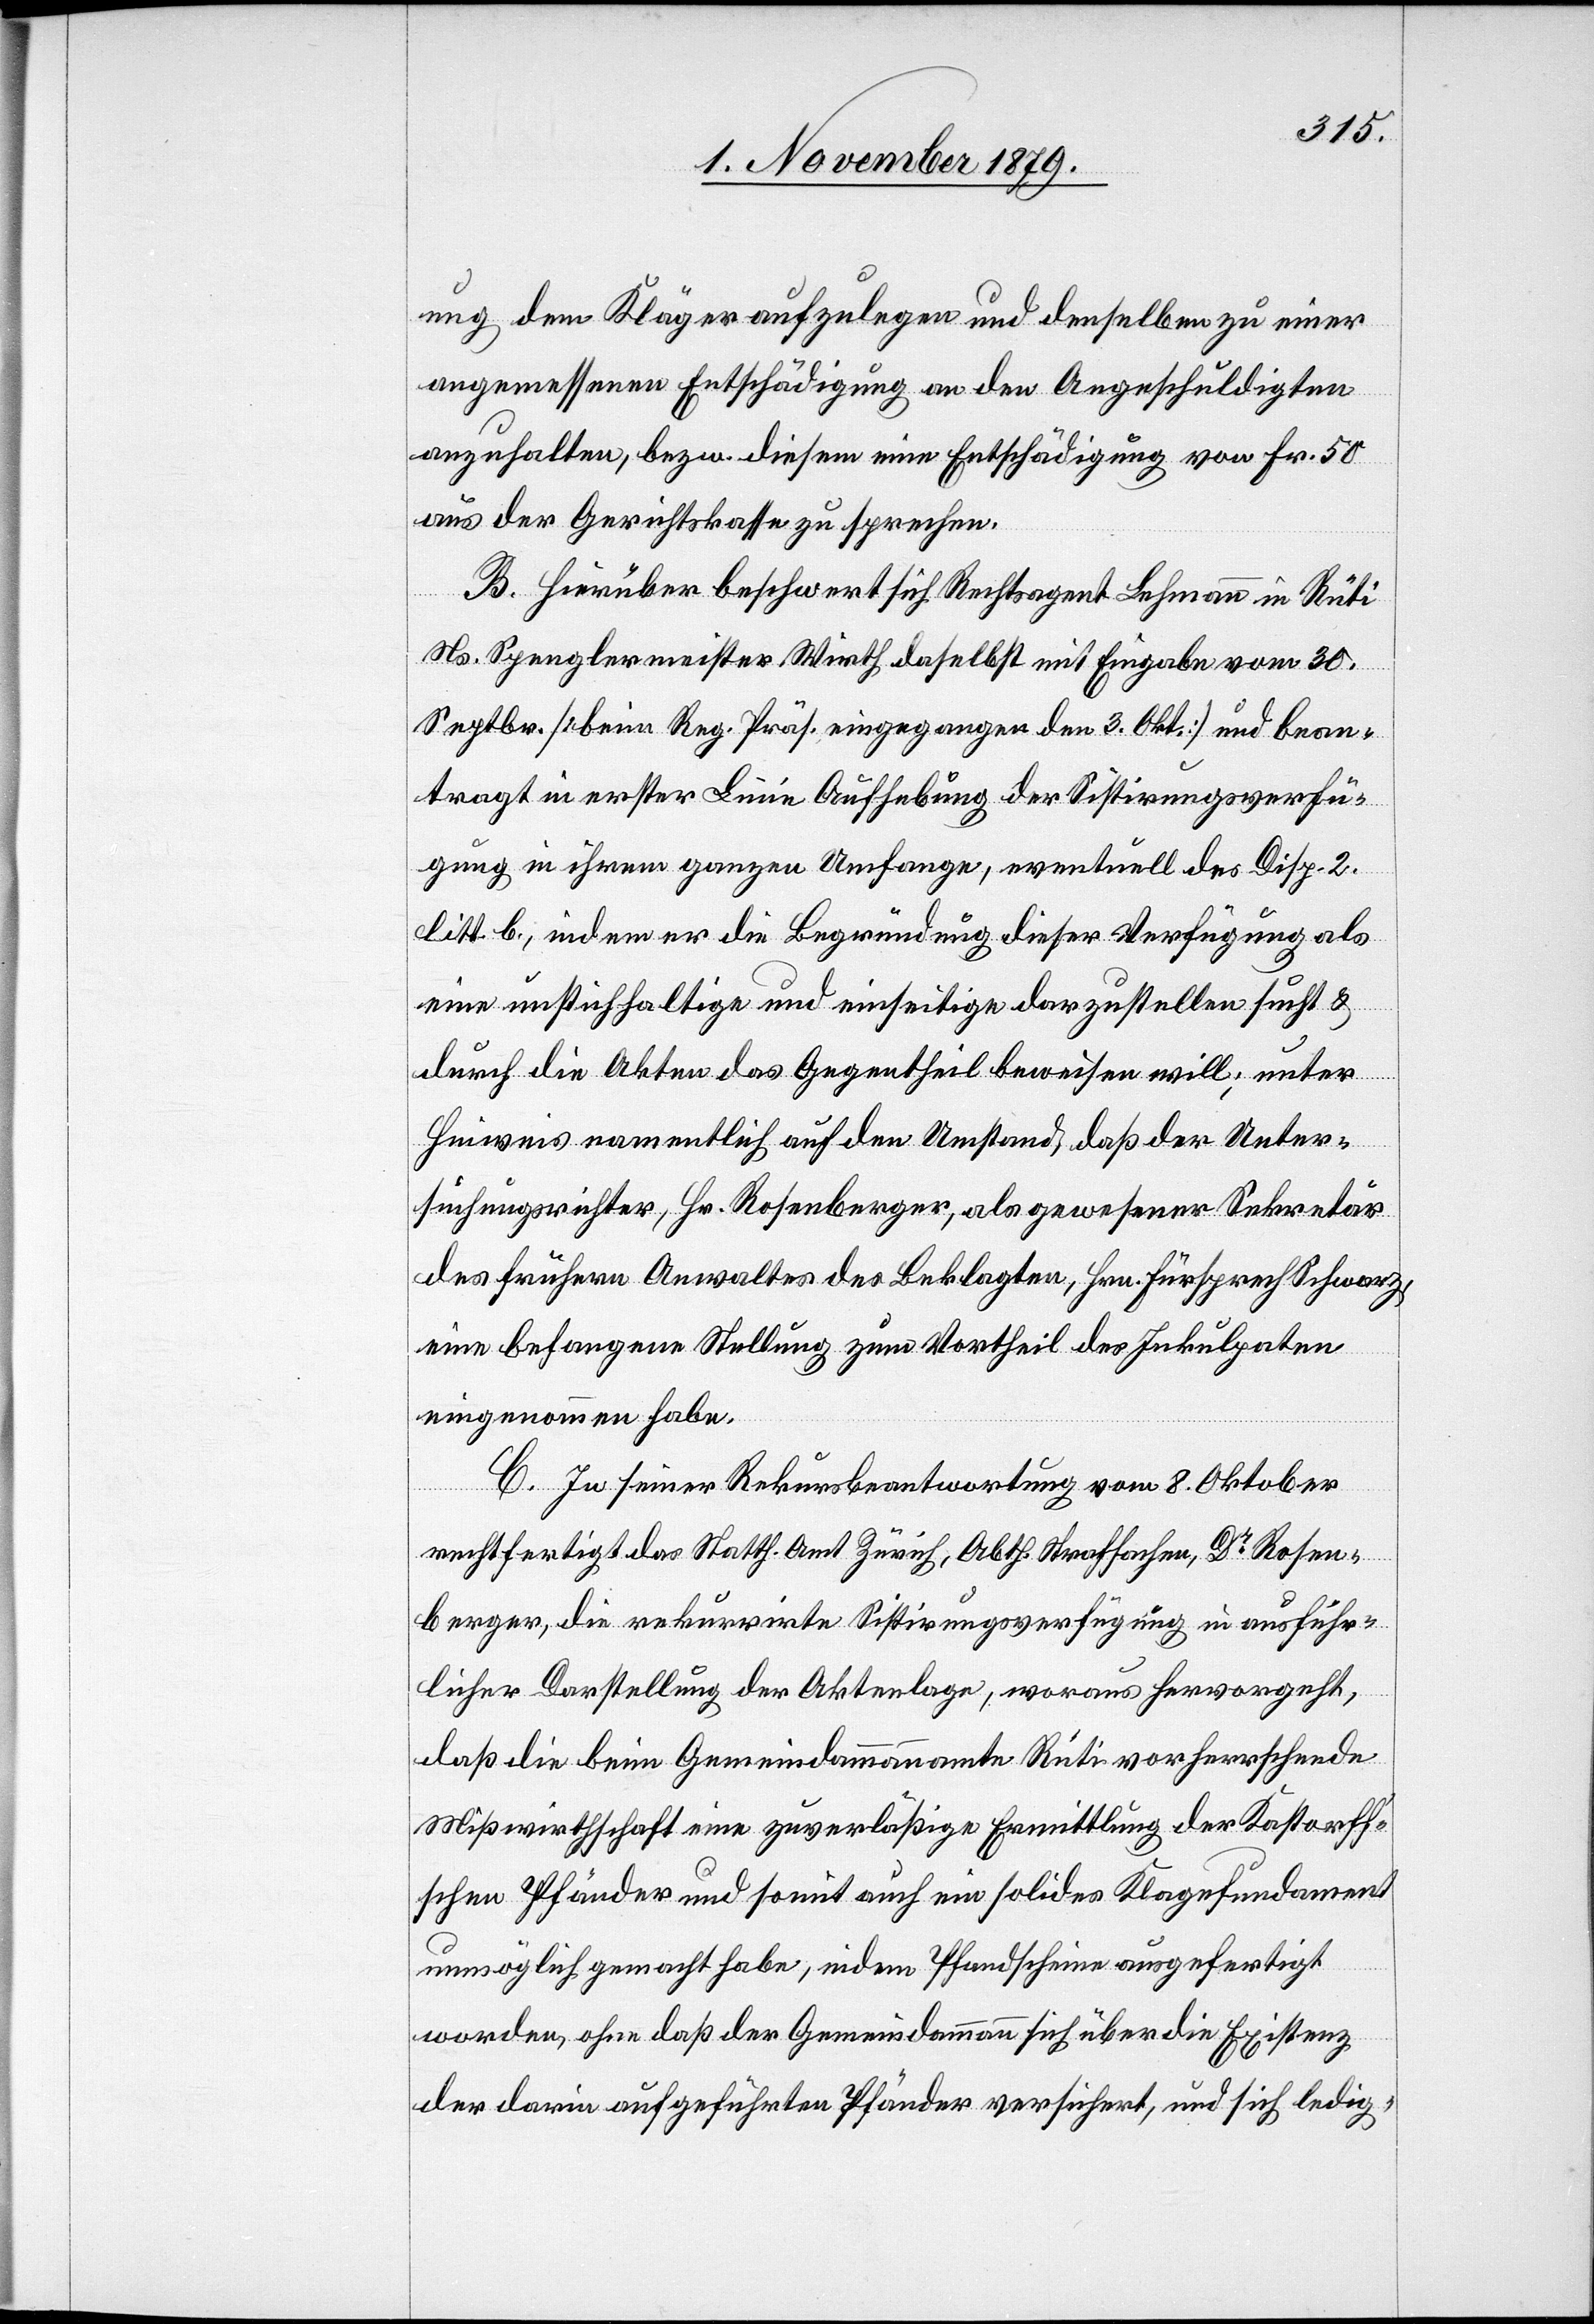
ung dem Kläger aufzulegen und denselben zu einer
angemessenen Entschädigung an den Angeschuldigten
anzuhalten, bezw. diesem eine Entschädigung von Fr. 50
aus der Gerichtskasse zu sprechen.
B. Hierüber beschwert sich Rechtsagent Lehmann in Rüti
Ns. Spenglermeister Wirth daselbst mit Eingabe vom 30.
Septbr. [beim Reg. Präs. eingegangen den 3. Okt.] und bean¬
tragt in erster Linie Aufhebung der Sistirungsverfü¬
gung in ihrem ganzen Umfange, eventuell des Disp. 2.
litt. b, indem er die Begründung dieser Verfügung als
eine unhaltige und einseitige darzustellen sucht &
durch die Akten das Gegentheil beweisen will; unter
Hinweis namentlich auf den Umstand, daß der Unter¬
suchungsrichter, Hr. Rosenberger, als gewesener Sekretär
des frühern Anwaltes des Beklagten, Hrn. Fürsprech Schwarz,
eine befangene Stellung zum Vortheil des Inkulpaten
eingenommen habe.
C. In seiner Rekursbeantwortung vom 8. Oktober
rechtfertigt das Statth. Amt Zürich, Abth. Strafsachen, Dr Rosen¬
berger, die rekurrire Sistirungsverfügung in ausführ¬
licher Darstellung der Aktenlage, woraus hervorgeht,
daß die beim Gemeindammannamte Rüti vorherrschende
Mißwirthschaft eine zuverläßige Ermittlung der Kastorff’s¬
chen Pfänder und somit auch ein solides Klagefundament
unmöglich gemacht habe, indem Pfandscheine ausgefertigt
worden, ohne daß der Gemeindammann sich über die Existenz
der darin aufgeführten Pfänder versichert, und sich ledig-